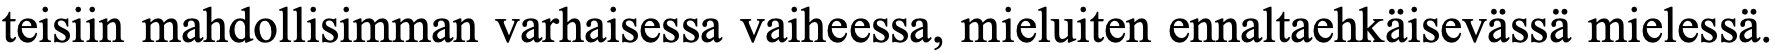
teisiin mahdollisimman varhaisessa vaiheessa, mieluiten ennaltaehkäisevässä mielessä.